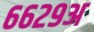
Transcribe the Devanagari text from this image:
६६२९अ